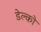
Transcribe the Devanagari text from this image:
डेल्को